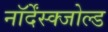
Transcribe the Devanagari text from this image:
नॉर्देंस्क्जोल्ड